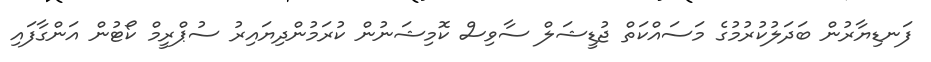
ފަނޑިޔާރުން ބަދަލުކުރުމުގެ މަސައްކަތް ޖުޑީޝަލް ސާވިސް ކޮމިޝަނުން ކުރަމުންދިޔައިރު ސުޕްރީމް ކޯޓުން އަންގާފައި